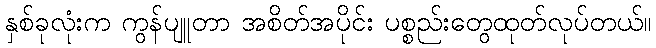
နှစ်ခုလုံးက ကွန်ပျူတာ အစိတ်အပိုင်း ပစ္စည်းတွေထုတ်လုပ်တယ်။